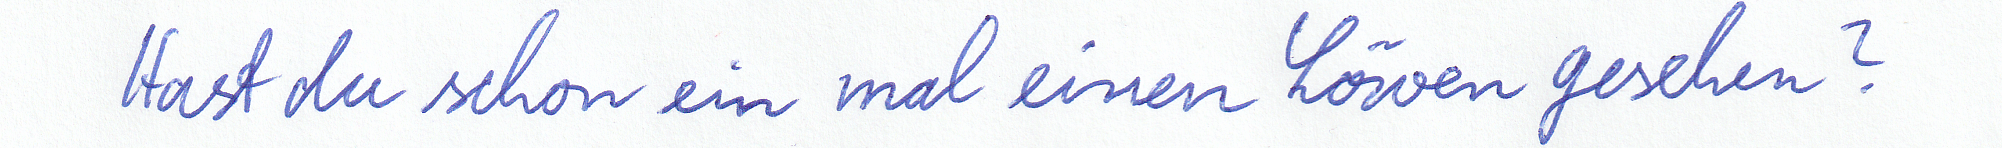
Hast du schon ein mal einen Löwen gesehen?